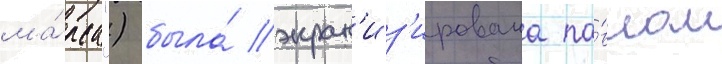
ма́рса") была́ экран'из'ирована па́влом